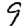
Digit: 9